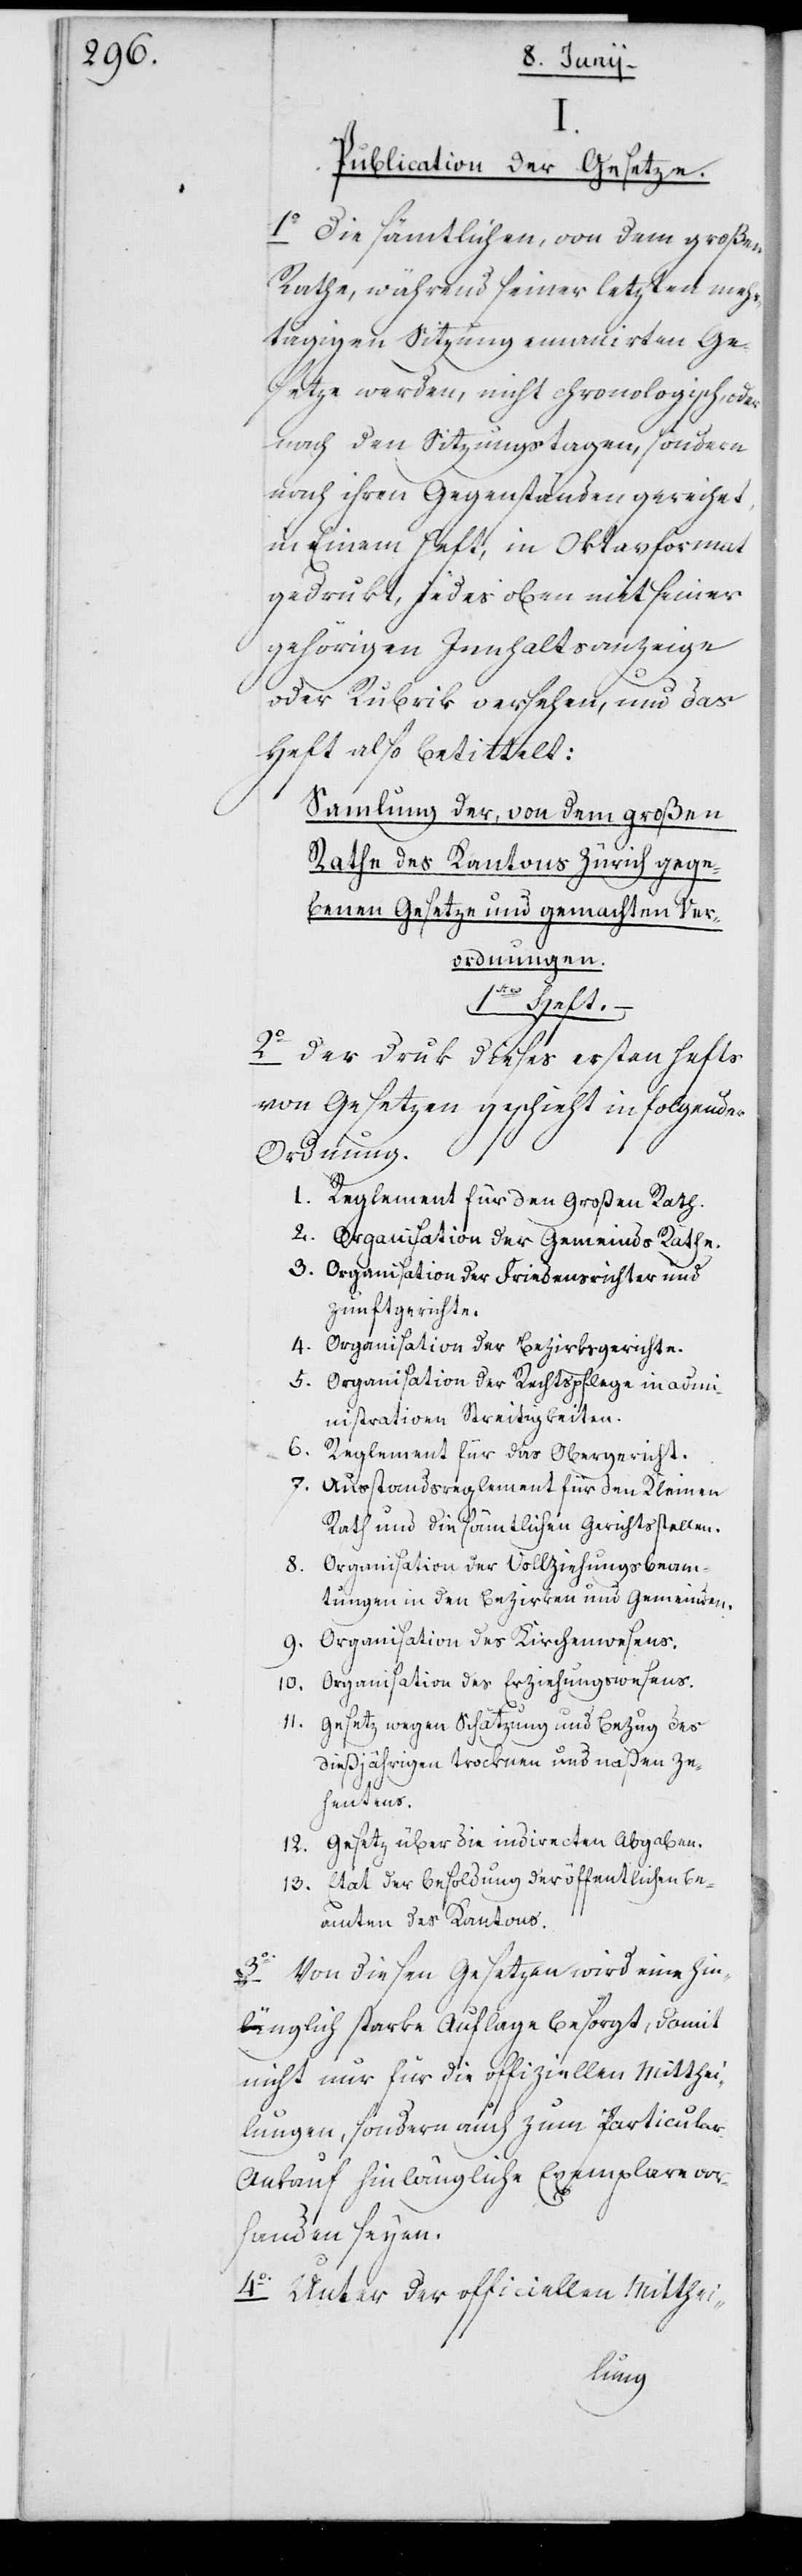
Publication der Gesetze.
1o Die sämtlichen, von dem großen
Rathe während seiner letzten meh¬
rtägigen Sitzung emanierten Ge¬
setze werden, nicht chronologisch, oder
nach den Sitzungstagen, sondern
nach ihren Gegenständen gereihet,
in einem Heft, in Oktavformat
gedrukt, jedes oben mit seiner
gehörigen Innhaltsanzeige
oder Rubrik versehen, und das
Heft also betittelt:
Sammlung der, von dem großen
Rathe der Kantons Zürich gege¬
benen Gesetze und gemachten Ver¬
ordnungen.
1stes Heft.
2o Der Druk dieses ersten Hefts
von Gesetzen geschieht in folgender
Ordnung.
1. Reglement für den Großen Rath.
2. Organisation der Gemeinds Räthe.
3. Organisation der Friedensrichter und
Zunftgerichte.
4. Organisation der Bezirksgerichte.
5. Organisation der Rechtspflege in admi¬
nistrativen Streitigkeiten.
6.
Reglement für das Obergericht.
7. Ausstandsreglement für den Kleinen
Rath und die sämtlichen Gerichtsstellen.
8. Organisation der Vollziehungsbeam¬
tungen in den Bezirken und Gemeinden.
9. Organisation des Kirchenwesens.
Organisation des Erziehungswesens.
10.
11. Gesetz wegen Schätzung und Bezug des
dießjährigen trocknen und naßen Ze¬
hentens.
12. Gesetz über die indirecten Abgaben.
13. Etat der Besoldung der öffentlichen Be¬
amten des Kantons.
3o Von diesen Gesetzen wird eine hin¬
länglich starke Auflage besorgt, damit
nicht nur für die offiziellen Mitthei¬
lungen, sondern auch zum Particular-A¬
nkauf hinlängliche Exemplare vor¬
handen seyen.
4o Unter der officiellen Mitthei-